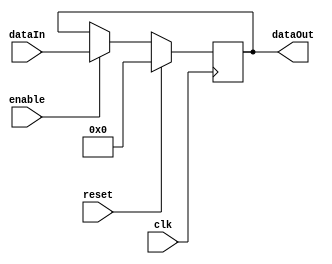
//Register used for pipelines
module Register (clk, reset, enable, dataIn, dataOut);

	parameter size = 8;

	input clk, reset, enable;
	input [size - 1 : 0] dataIn;
	output reg [size - 1 : 0] dataOut;

	always @ (posedge clk) begin
		if(reset) dataOut <= 0;
		else begin
			if (enable) dataOut <= dataIn;
			else dataOut <= dataOut;
		end
	end
endmodule